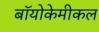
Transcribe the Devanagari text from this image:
बॉयोकेमीकल